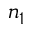
n _ { 1 }